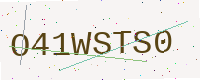
Text: O41WSTS0